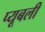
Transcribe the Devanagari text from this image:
प्यूबली